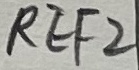
Text: REF2